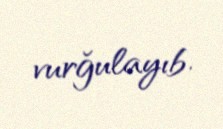
vurğulayıb.